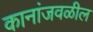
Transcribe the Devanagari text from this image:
कानांजवळील